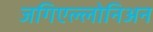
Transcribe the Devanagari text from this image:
जगिएल्लोनिअन